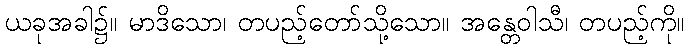
ယခုအခါ၌။ မာဒိသော၊ တပည့်တော်သို့သော။ အန္တေဝါသီ၊ တပည့်ကို။